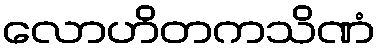
လောဟိတကသိဏံ